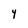
Character: Y